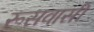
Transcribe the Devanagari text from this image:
रूसवासी